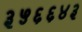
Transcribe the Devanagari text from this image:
३५६६४३